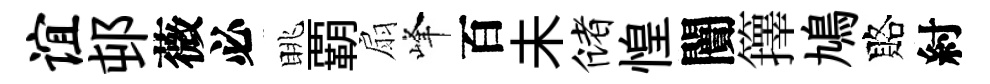
谊邨薇必眺覇扇峰百未储惶闠籜鳩賂紂